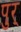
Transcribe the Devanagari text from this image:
पुर्